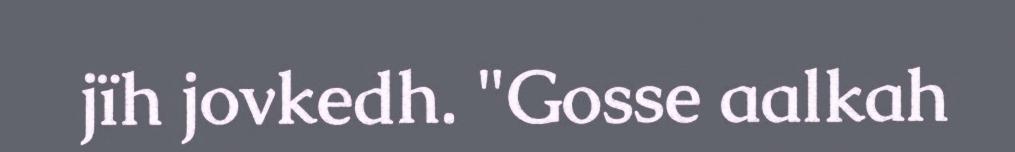
jïh jovkedh. "Gosse aalkah